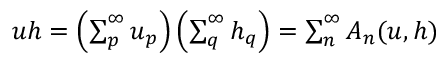
\begin{array} { r } { u h = \left( \sum _ { p } ^ { \infty } u _ { p } \right) \left( \sum _ { q } ^ { \infty } h _ { q } \right) = \sum _ { n } ^ { \infty } A _ { n } ( u , h ) } \end{array}